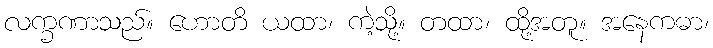
လက္ခဏာသည်။ ဟောတိ ယထာ၊ ကဲ့သို့။ တထာ၊ ထို့အတူ။ အနေကဓာ၊